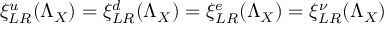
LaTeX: \xi _ { L R } ^ { u } ( \Lambda _ { X } ) = \xi _ { L R } ^ { d } ( \Lambda _ { X } ) = \xi _ { L R } ^ { e } ( \Lambda _ { X } ) = \xi _ { L R } ^ { \nu } ( \Lambda _ { X } )